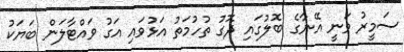
ސަމީރު ވަނީ އޭނާގެ ބޮލުގައި ދޮގު ތުހުމަތު އަޅުވައި އަގު ވައްޓާލަން ބަޔަކު